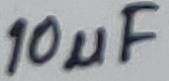
Text: 10µF